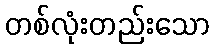
တစ်လုံးတည်းသော